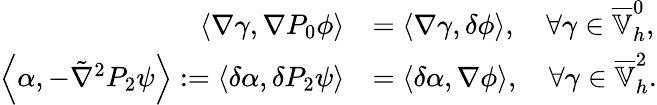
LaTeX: \begin{array}{rl}{\left\langle\nabla\gamma,\nabla P_{0}\phi\right\rangle}&{=\left\langle\nabla\gamma,\delta\phi\right\rangle,\quad\forall\gamma\in\overline{{\mathbb{V}}}_{h}^{0},}\\ {\left\langle\alpha,-\tilde{\nabla}^{2}P_{2}\psi\right\rangle:=\left\langle\delta\alpha,\delta P_{2}\psi\right\rangle}&{=\left\langle\delta\alpha,\nabla\phi\right\rangle,\quad\forall\gamma\in\overline{{\mathbb{V}}}_{h}^{2}.}\end{array}